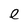
Character: e